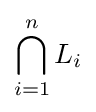
\bigcap _{i=1}^{n}L_{i}